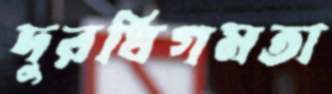
দুরধিগমতা